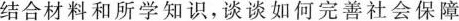
结合材料和所学知识，谈谈如何完善社会保障